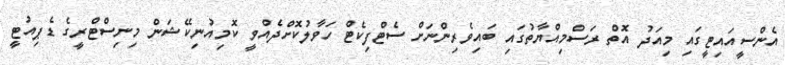
އެންސީއައިޓީގައި މިއަދު އޮތް ރަސްމިއްޔާތުގައި ބައިވެރިންނަށް ސެޓްފިކެޓް ހަވާލުކޮށްދެއްވީ ކޮމިއުނިކޭޝަން މިނިސްޓްރީގެ ޑެޕިއުޓީ